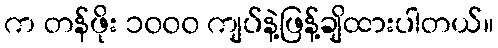
က တန်ဖိုး ၁၀၀၀ ကျပ်နဲ့ဖြန့်ချိထားပါတယ်။